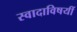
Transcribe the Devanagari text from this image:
स्वादाविषयीं